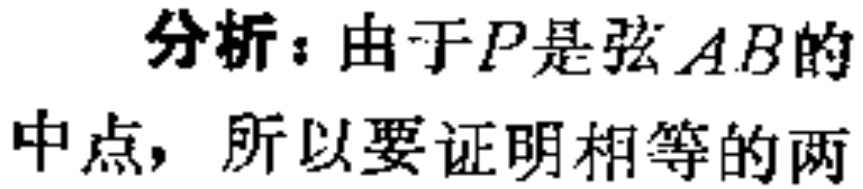
分析：由于\(P\)是弦\(AB\)的中点，所以要证明相等的两